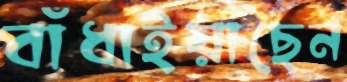
বাঁধাইয়াছেন